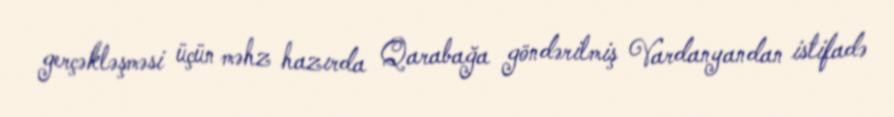
gerçəkləşməsi üçün məhz hazırda Qarabağa göndərilmiş Vardanyandan istifadə